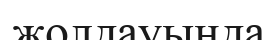
жолдауында